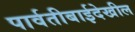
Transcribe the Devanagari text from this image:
पार्वतीबाईदेखील